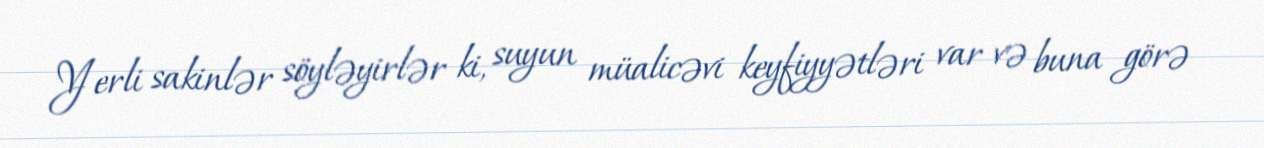
Yerli sakinlər söyləyirlər ki, suyun müalicəvi keyfiyyətləri var və buna görə